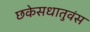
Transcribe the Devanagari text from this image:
छकेसधातुवंस